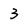
Character: 3